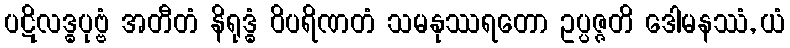
ပဋိလဒ္ဓပုဗ္ဗံ အတီတံ နိရုဒ္ဓံ ဝိပရိဏတံ သမနုဿရတော ဥပ္ပဇ္ဇတိ ဒေါမနဿံ, ယံ